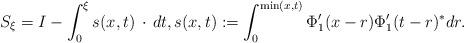
LaTeX: \begin{align*} & S_{\xi}=I-\int_0^{\xi}s(x,t) \, \cdot \, dt , s(x,t):= \int_{0}^{\min(x,t)}\Phi_1^{\prime}(x-r)\Phi_1^{\prime}(t-r)^*dr.\end{align*}